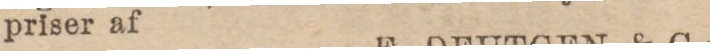
priser af